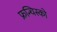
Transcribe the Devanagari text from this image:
फ्रन्चिस्को